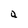
Character: g